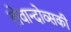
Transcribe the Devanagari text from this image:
लेवान्दोव्सकी